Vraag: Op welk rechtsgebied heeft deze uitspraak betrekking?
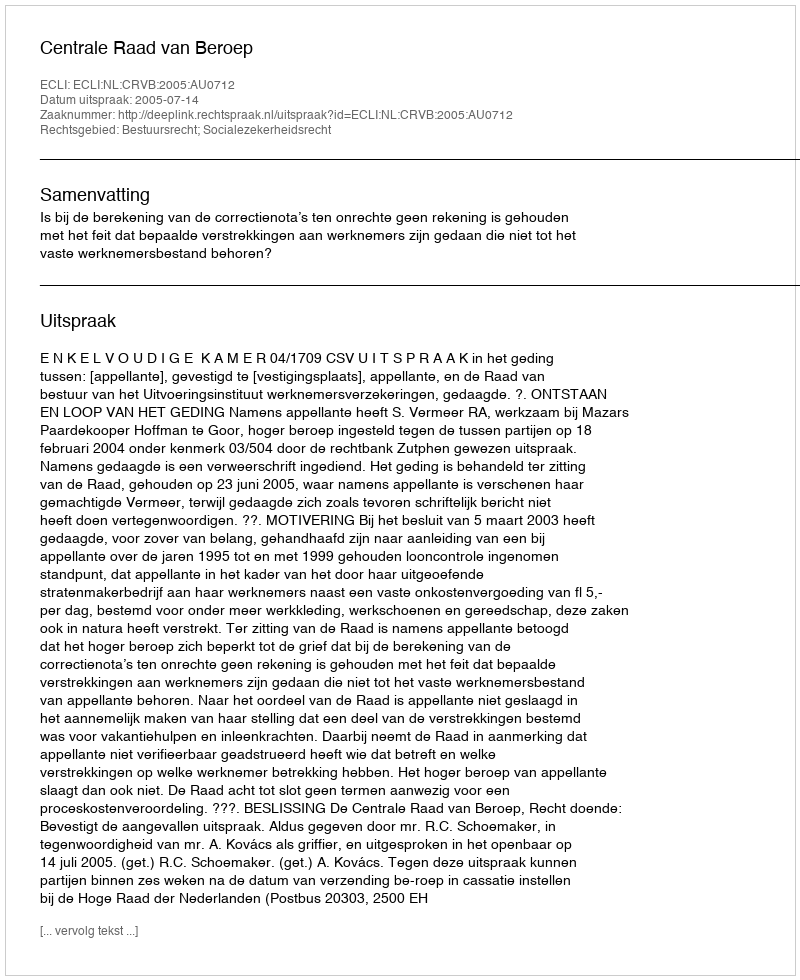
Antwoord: Bestuursrecht; Socialezekerheidsrecht